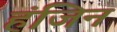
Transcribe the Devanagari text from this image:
हंजिन